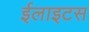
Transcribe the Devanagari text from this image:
ईलाइटस